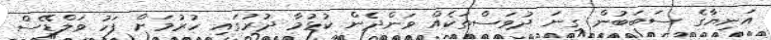
އަނިޔާގެ ސަބަބުން ގިނަ ދުވަސްތަކެއް ވަންދެން ކުޅުމާ ދުރުގައި ހުރުމަށް ފަހު ވަލްޑޭސް